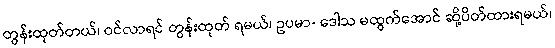
တွန်းထုတ်တယ်၊ ဝင်လာရင် တွန်းထုတ် ရမယ်၊ ဥပမာ- ဒေါသ မထွက်အောင် ဆို့ပိတ်ထားရမယ်၊